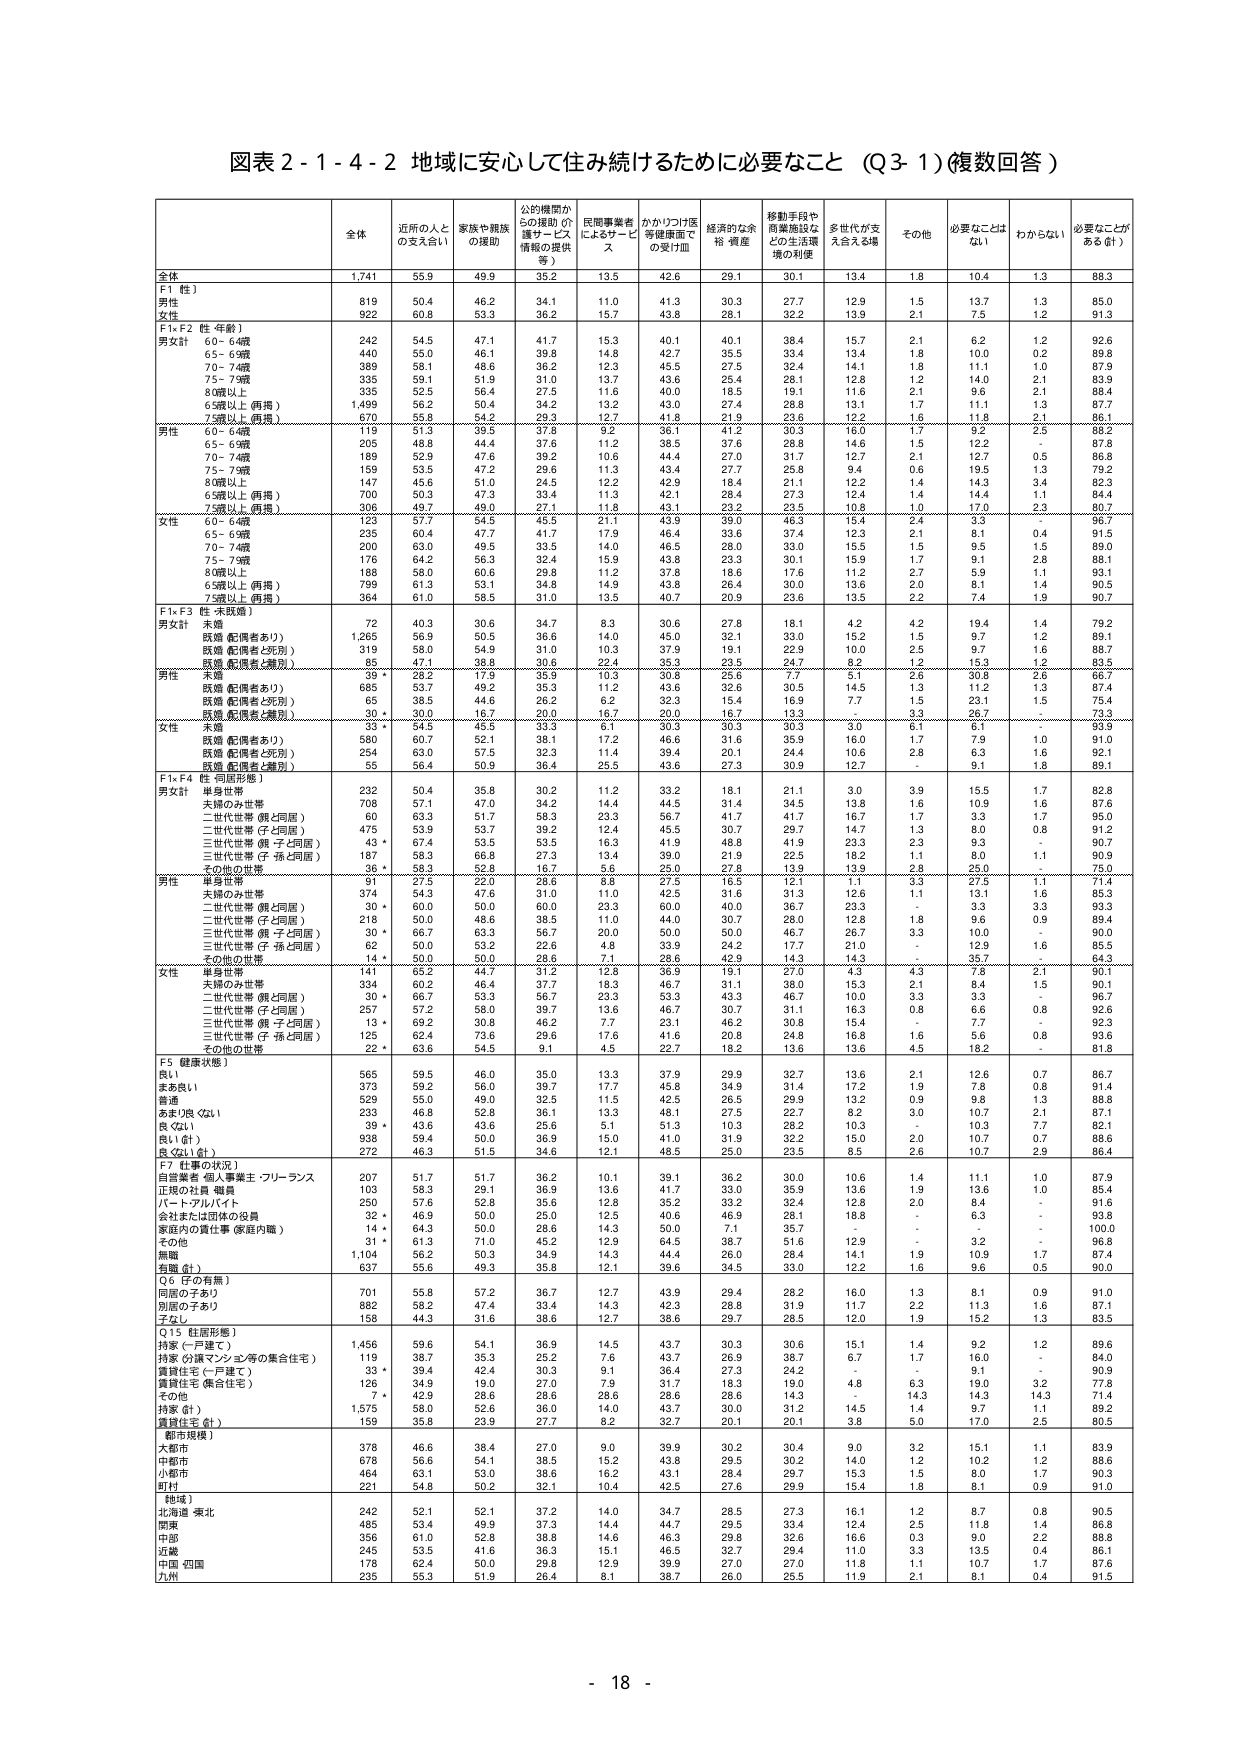
図表２-１-４-２ 地域に安心して住み続けるために必要なこと（Ｑ３-１）（複数回答）

全体 近所の人との支え合い 家族や親族の援助 公的機関からの援助（介護サービス等の提供等） 民間事業者によるサービスの受け皿 かかりつけ医等健康面での受け皿 経済的な余裕・資産 移動手段や商業施設などの生活環境の利便 多世代が支え合える場 その他 必要なことはない わからない 必要なことがある（計）

全体 1,741 55.9 49.9 35.2 13.5 42.6 29.1 30.1 13.4 1.8 10.4 1.3 88.3

F1（性）
男性 819 50.4 46.2 34.1 11.0 41.3 30.3 27.7 12.9 1.5 13.7 1.3 85.0
女性 922 60.8 53.3 36.2 15.7 43.8 28.1 32.2 13.9 2.1 7.5 1.2 91.3

F1×F2（性・年齢）
男女計 60～64歳 242 54.5 47.1 41.7 15.3 40.1 40.1 38.4 15.7 2.1 6.2 1.2 92.6
65～69歳 440 55.0 46.1 39.8 14.8 42.7 35.5 33.4 13.4 1.8 10.0 0.2 89.8
70～74歳 389 56.1 48.6 36.2 12.3 45.5 27.5 32.4 14.1 1.8 11.1 1.0 87.9
75～79歳 335 59.1 51.9 31.0 13.7 43.6 25.4 28.1 12.8 1.2 14.0 2.1 83.9
80歳以上 335 52.5 56.4 27.5 11.6 40.0 18.5 19.1 11.6 2.1 9.6 2.1 88.4
65歳以上（再掲） 1,499 56.2 50.4 34.2 13.2 43.0 27.4 28.8 13.1 1.7 11.1 1.3 87.7
75歳以上（再掲） 670 55.8 54.2 29.3 12.7 41.8 21.9 23.6 12.2 1.6 11.8 2.1 86.1

男性 60～64歳 119 51.3 39.5 37.8 9.2 36.1 41.2 30.3 16.0 1.7 9.2 2.5 86.2
65～69歳 205 48.8 44.4 37.6 11.2 38.5 37.6 28.8 14.6 1.5 12.2 - 87.8
70～74歳 189 52.9 47.6 39.2 10.6 44.4 27.0 31.7 12.7 2.1 12.7 0.5 86.8
75～79歳 159 53.5 47.2 29.6 11.3 43.4 27.7 25.8 9.4 0.6 19.5 1.3 79.2
80歳以上 147 45.6 51.0 24.5 12.2 42.9 18.4 21.1 12.2 1.4 14.3 3.4 82.3
65歳以上（再掲） 700 50.3 50.6 33.4 11.3 42.1 28.4 27.3 12.4 1.4 14.4 1.1 84.4
75歳以上（再掲） 406 49.7 49.0 27.1 11.8 43.1 23.2 23.5 10.8 1.0 17.0 2.3 80.7

女性 60～64歳 123 57.7 54.5 45.5 21.1 43.9 39.0 46.3 15.4 2.4 3.3 - 96.7
65～69歳 235 60.4 47.7 41.7 17.9 46.4 33.6 37.4 12.3 2.1 8.1 0.4 91.5
70～74歳 200 63.0 49.5 33.5 14.0 46.5 28.0 33.0 15.5 1.5 9.5 1.5 89.0
75～79歳 176 64.2 56.3 32.4 15.9 43.8 23.3 30.1 15.9 1.7 9.1 2.8 88.1
80歳以上 188 58.0 59.8 29.8 11.2 37.8 19.7 17.6 11.2 2.7 5.9 1.1 93.1
65歳以上（再掲） 799 61.3 53.1 34.8 14.9 43.8 26.4 30.0 13.6 2.0 8.1 1.4 90.5
75歳以上（再掲） 364 61.0 58.5 31.0 13.5 40.7 20.9 23.6 13.5 2.2 7.4 1.9 90.7

F1×F3（性・未既婚）
未婚 72 40.3 30.6 34.7 8.3 30.6 27.8 18.1 4.2 4.2 19.4 1.4 79.2
既婚（配偶者あり） 1,265 56.9 50.5 36.6 14.0 45.0 32.1 33.0 15.2 9.7 1.2 89.1
既婚（配偶者と死別） 319 58.0 54.9 31.0 10.3 37.9 19.1 22.9 10.0 2.5 9.7 1.6 88.7
既婚（配偶者と離別） 85 47.1 38.8 30.6 22.4 35.3 23.5 24.7 8.2 1.2 15.3 1.2 83.5

男性 未婚 39 * 28.2 17.9 35.9 10.3 30.8 25.6 7.7 5.1 2.6 30.8 2.6 66.7
既婚（配偶者あり） 685 53.7 49.2 35.3 11.2 43.6 32.6 30.5 14.5 1.3 11.2 1.3 87.4
既婚（配偶者と死別） 85 47.4 44.6 26.2 15.3 32.3 15.4 16.9 7.7 1.5 23.1 1.5 75.4
既婚（配偶者と離別） 30 * 30.0 16.7 20.0 16.7 20.0 16.7 13.3 - 3.3 26.7 - 73.3

女性 未婚 33 * 54.5 45.5 33.3 6.1 30.3 30.3 30.3 3.0 6.1 6.1 - 93.9
既婚（配偶者あり） 580 60.7 52.1 38.1 17.2 46.6 31.6 35.9 16.0 1.7 7.9 1.0 91.0
既婚（配偶者と死別） 234 63.0 57.5 32.3 11.4 39.4 20.1 24.4 10.6 2.8 6.3 1.6 92.1
既婚（配偶者と離別） 55 56.4 50.9 36.4 25.5 43.6 27.3 30.9 12.7 - 9.1 1.8 89.1

F1×F4（性・同居形態）
男女計 単身世帯 232 50.4 35.8 30.2 11.2 33.2 18.1 21.1 3.0 3.9 15.5 1.7 82.8
夫婦のみ世帯 708 57.1 47.0 34.2 14.4 44.5 31.4 34.5 13.8 1.6 10.9 1.6 87.6
二世代世帯（親と同居） 60 63.3 51.7 58.3 23.3 56.7 41.7 41.7 16.7 1.7 3.3 1.7 95.0
二世代世帯（子と同居） 475 53.9 53.7 39.2 12.4 49.5 30.7 29.7 14.7 1.3 8.0 0.8 91.2
二世代世帯（親・子と同居） 43 * 67.4 53.5 53.5 16.3 41.9 48.8 41.9 23.3 2.3 9.3 - 90.7
三世代世帯（子・孫と同居） 187 58.3 66.8 27.3 13.4 39.0 21.9 22.5 18.2 1.1 8.0 1.1 90.9
その他の世帯 36 * 58.3 52.8 16.7 5.6 25.0 27.8 13.9 13.9 2.8 25.0 - 75.0

男性 単身世帯 91 27.5 22.0 28.6 8.8 27.5 16.5 12.1 1.1 3.3 27.5 1.1 71.4
夫婦のみ世帯 374 54.3 47.6 31.0 11.0 42.5 31.6 31.3 12.6 1.1 13.1 1.6 85.3
二世代世帯（親と同居） 30 * 60.0 50.0 60.0 23.3 60.0 40.0 36.7 23.3 - 3.3 3.3 93.3
二世代世帯（子と同居） 218 50.0 48.6 38.5 11.0 44.0 30.7 28.0 12.8 1.8 9.6 0.9 89.4
三世代世帯（親・子と同居） 30 * 66.7 63.3 56.7 20.0 50.0 50.0 46.7 26.7 3.3 10.0 - 90.0
三世代世帯（子・孫と同居） 62 50.0 53.2 22.6 4.8 33.9 24.2 17.7 21.0 - 12.9 1.6 85.5
その他の世帯 14 * 50.0 50.0 28.6 7.1 28.6 42.9 14.3 - 35.7 - 64.3

女性 単身世帯 141 65.2 41.2 31.2 13.5 38.3 19.1 27.0 4.3 4.3 7.8 2.1 90.1
夫婦のみ世帯 334 60.2 46.4 37.7 18.3 46.7 31.1 38.0 15.3 2.1 8.4 1.5 90.1
二世代世帯（親と同居） 30 * 66.7 53.3 56.7 23.3 53.3 43.3 46.7 10.0 3.3 3.3 - 96.7
二世代世帯（子と同居） 257 57.2 58.0 39.7 13.6 46.7 30.7 31.1 16.3 0.8 6.6 0.8 92.6
三世代世帯（親・子と同居） 13 * 69.2 30.8 46.2 7.7 23.1 46.2 30.8 15.4 - 7.7 - 92.3
三世代世帯（子・孫と同居） 125 62.4 70.6 29.6 41.6 27.6 20.8 24.8 16.8 1.6 5.6 0.8 93.6
その他の世帯 22 * 63.6 54.5 9.1 4.5 22.7 18.2 13.6 4.5 18.2 - 81.8

F5（健康状態）
良い 565 59.5 46.0 35.0 13.3 37.9 29.9 32.7 13.6 2.1 12.6 0.7 86.7
まあ良い 373 59.2 56.0 39.7 17.7 45.8 34.9 31.4 17.2 1.9 7.8 0.8 91.4
普通 529 55.0 49.0 32.5 11.5 42.5 26.5 29.9 13.2 0.9 9.8 1.3 88.8
あまり良くない 233 46.8 52.8 36.1 13.3 48.1 27.5 22.7 8.2 3.0 10.7 2.1 87.1
良くない 39 * 43.6 43.6 25.6 5.1 51.3 10.3 28.2 10.3 - 10.3 7.7 82.1
良くない（計） 938 59.4 50.0 36.9 15.0 41.0 31.9 32.2 15.0 2.0 10.7 0.7 88.6
良くない（計） 272 46.3 51.5 34.6 12.1 48.5 25.0 23.5 8.5 2.6 10.7 2.9 86.4

F7（仕事の状況）
自営業者・個人事業主・フリーランス 207 51.7 51.7 36.2 10.1 39.1 36.2 30.0 10.6 1.4 11.1 1.0 87.9
正規の社員・職員 103 58.3 29.1 36.9 13.6 41.7 33.0 35.9 13.6 1.9 13.6 1.0 85.4
パート・アルバイト 250 57.6 52.8 35.6 12.8 35.2 33.2 32.4 12.8 2.0 8.4 - 91.6
会社または団体の役員 32 * 46.9 50.0 25.0 12.5 40.6 46.9 28.1 18.8 - 6.3 - 93.8
家庭内の責任仕事（家庭内職） 14 * 64.3 50.0 28.6 14.3 50.0 7.1 35.7 - - - 100.0
その他 31 * 61.3 71.0 45.2 12.9 64.5 38.7 51.6 12.9 - 3.2 - 96.8
無職 1,104 56.2 50.3 34.9 14.3 44.4 26.0 28.4 14.1 1.9 10.9 1.7 87.4
有職（計） 637 55.6 49.3 35.8 12.1 39.6 34.5 33.0 12.2 1.6 9.6 0.5 90.0

Q6（子の有無）
同居の子あり 701 55.8 57.2 36.7 12.7 43.9 29.4 28.2 16.0 1.3 8.1 0.9 91.0
同居の子あり 882 58.2 47.4 33.4 14.3 42.3 28.8 31.9 11.7 2.2 11.3 1.6 87.1
子なし 158 44.3 31.6 38.6 12.7 38.6 29.7 28.5 12.0 1.9 15.2 1.3 83.5

Q15（住居形態）
持家（一戸建て） 1,456 59.6 54.1 36.9 14.5 43.7 30.3 30.6 15.1 1.4 9.2 1.2 89.6
持家（分譲マンション等の集合住宅） 119 38.7 35.3 25.2 7.6 43.7 26.9 38.7 6.7 1.7 16.0 - 84.0
賃貸住宅（一戸建て） 33 * 39.4 42.4 30.3 9.1 36.4 27.3 24.2 - - 9.1 - 90.9
賃貸住宅（集合住宅） 126 34.9 19.0 27.0 7.9 31.7 18.3 19.0 4.8 6.3 19.0 3.2 77.8
その他 7 * 42.9 28.6 28.6 28.6 28.6 28.6 14.3 - 14.3 14.3 14.3 71.4
持家（計） 1,575 58.0 52.6 36.0 14.0 43.7 30.0 31.2 14.5 1.4 9.7 1.1 89.2
賃貸住宅（計） 159 35.8 23.9 27.7 8.2 32.7 20.1 20.1 3.8 5.0 17.0 2.5 80.5

（都市規模）
大都市 378 46.6 38.4 27.0 9.0 39.9 30.2 30.4 9.0 3.2 15.1 1.1 83.9
中都市 678 56.6 54.1 38.5 15.2 43.8 29.5 30.2 14.0 1.2 10.2 1.2 88.6
小都市 464 63.1 53.0 38.6 16.2 43.1 28.4 29.7 15.3 1.5 8.0 1.7 90.3
町村 221 54.8 50.2 32.1 10.4 42.5 27.6 29.9 15.4 1.8 8.1 0.9 91.0

（地域）
北海道・東北 242 52.1 52.1 37.2 14.0 34.7 28.5 27.3 16.1 1.2 8.7 0.8 90.5
関東 485 53.4 49.9 37.3 14.4 44.7 29.5 33.4 12.4 2.5 11.8 1.4 86.8
中部 356 61.0 52.8 38.8 14.6 46.3 29.8 32.6 16.6 0.3 9.0 2.2 88.8
近畿 245 53.5 41.6 36.3 15.1 46.5 32.7 29.4 11.0 3.3 13.5 0.4 86.1
中国・四国 178 62.4 50.0 29.8 12.9 39.9 27.0 27.0 11.8 1.1 10.7 1.7 87.6
九州 235 55.3 51.9 26.4 8.1 38.7 26.0 25.5 11.9 2.1 8.1 0.4 91.5

- 18 -